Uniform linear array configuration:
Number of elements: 12
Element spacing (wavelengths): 0.75
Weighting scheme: binomial
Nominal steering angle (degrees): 60
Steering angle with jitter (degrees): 58.295
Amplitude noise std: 0.05
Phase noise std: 0.05

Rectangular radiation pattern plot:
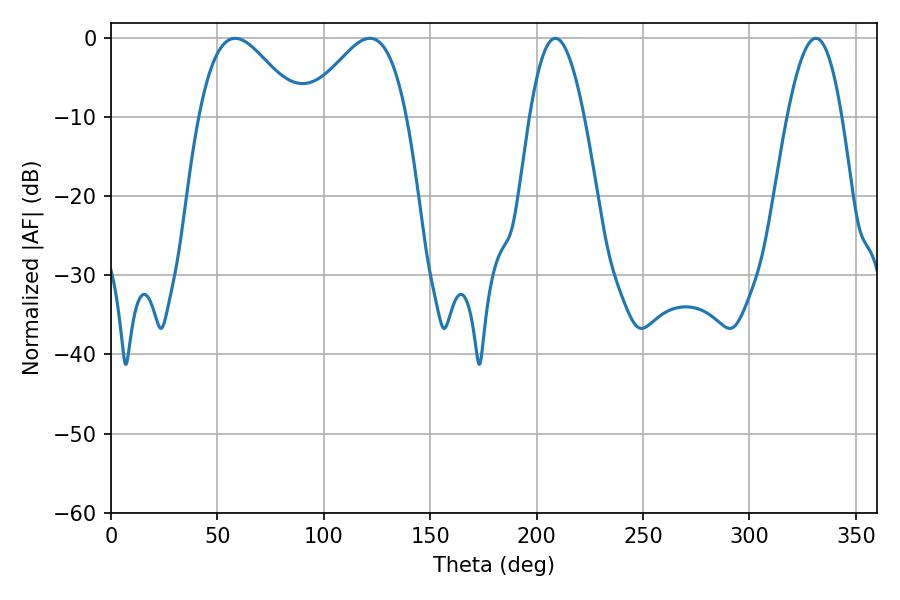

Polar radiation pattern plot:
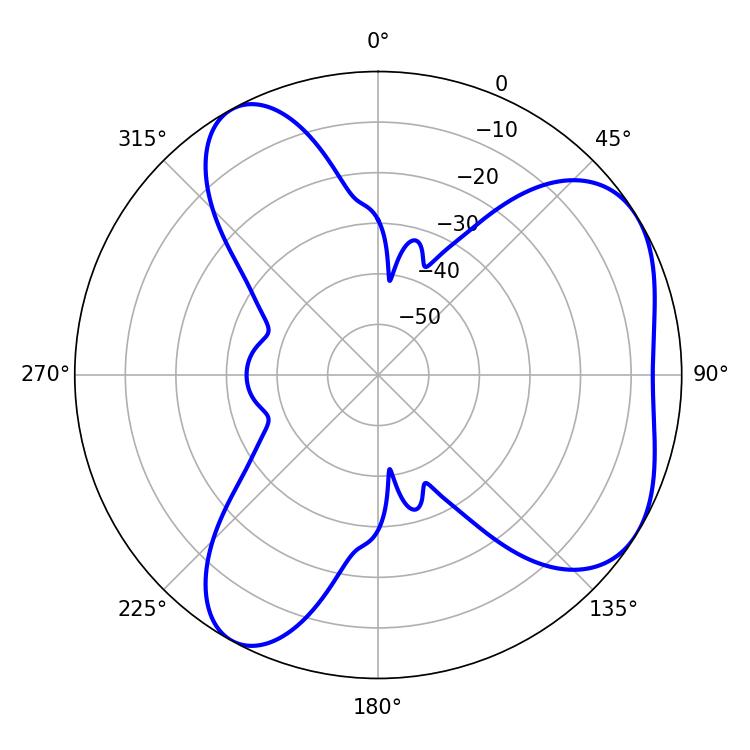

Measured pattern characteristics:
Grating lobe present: TRUE
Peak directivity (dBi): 5.226
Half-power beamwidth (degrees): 13.86
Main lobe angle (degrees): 208.8